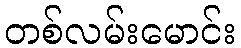
တစ်လမ်းမောင်း